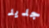
جديد